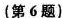
第6题